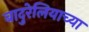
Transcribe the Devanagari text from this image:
बादुरेलियाच्या